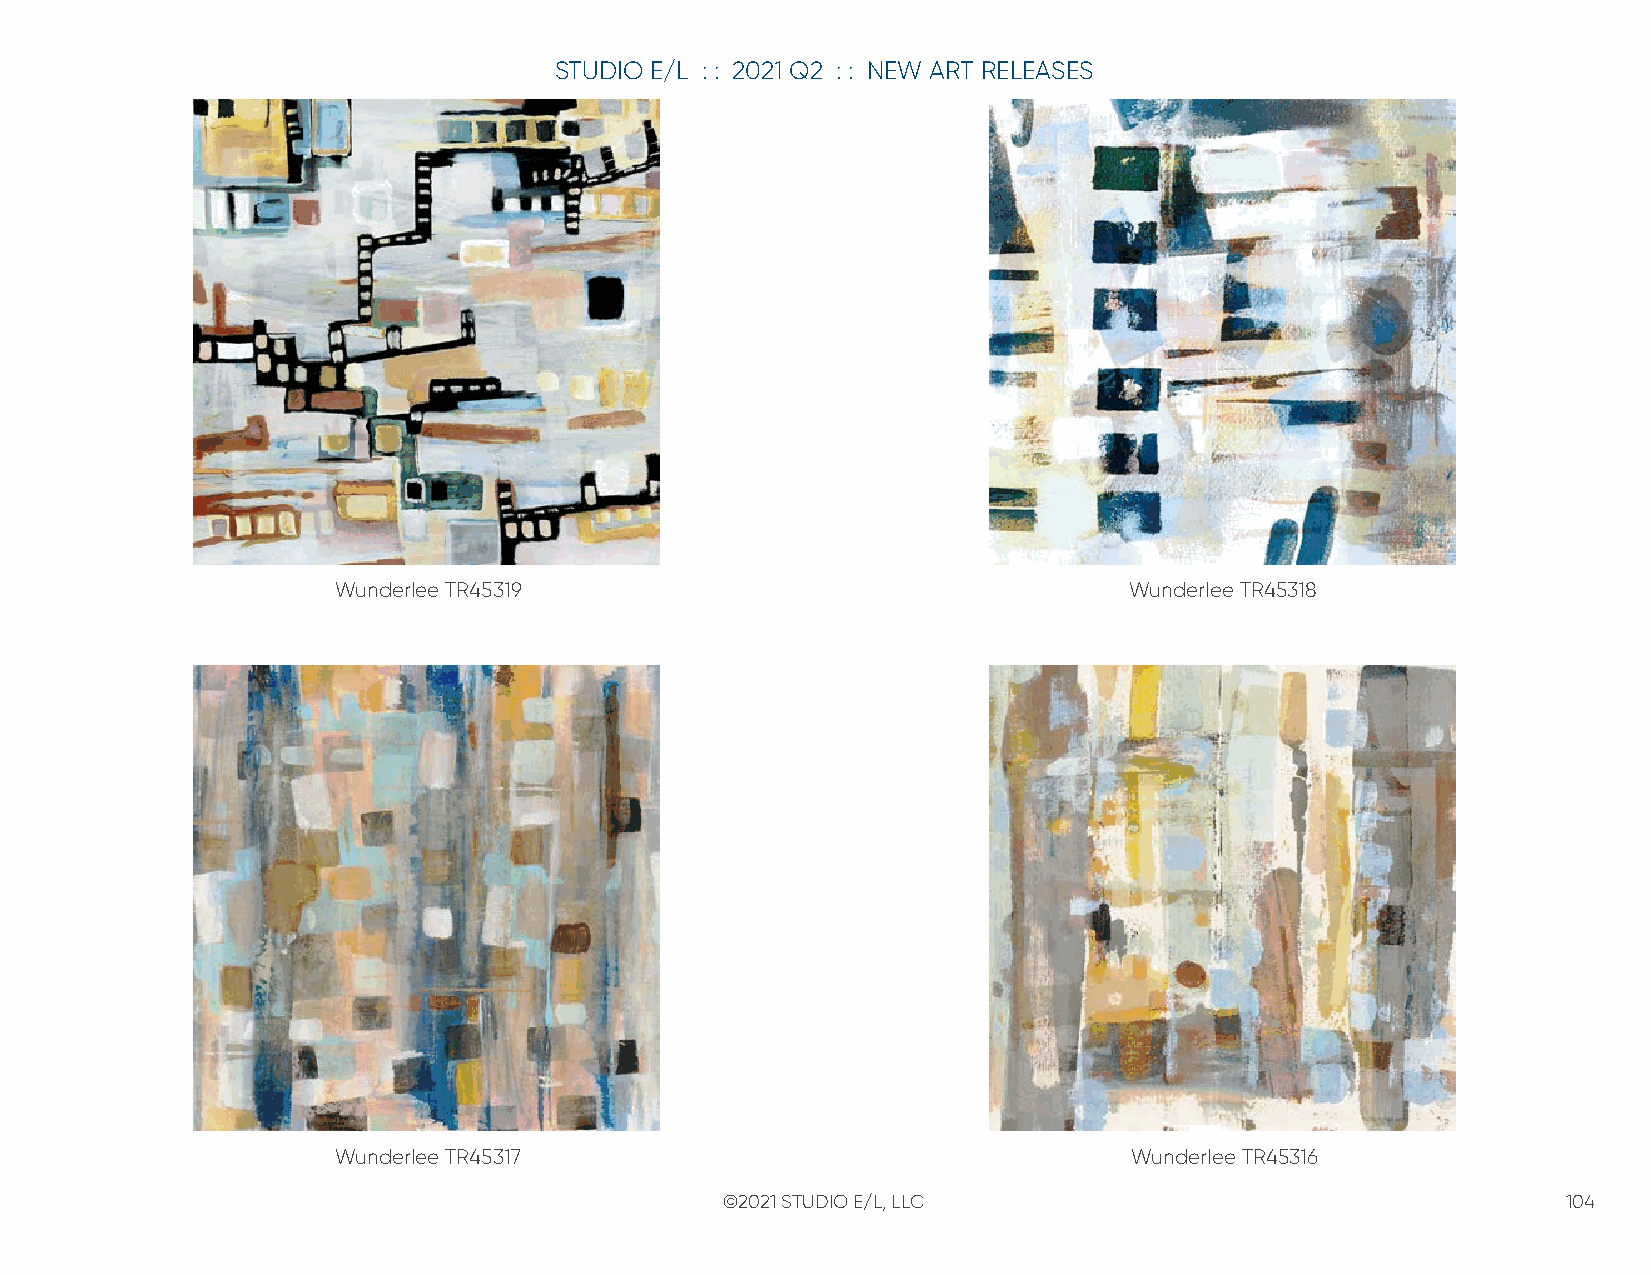
STUDIO E/L : : 2021 Q2 : : NEW ART RELEASES
 Wunderlee TR45319                                    Wunderlee TR45318
 Wunderlee TR45317                                    Wunderlee TR45316
 ©2021 STUDIO E/L, LLC                                   104